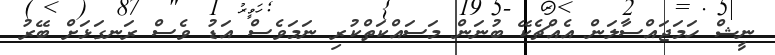
ނީޝް ހަމަޖައްސާލަން އެއްޗެކޭ ބުނަން މަސައްކަތްކުރި ނަމަވެސް އަޑު ވެސް ރަނގަޅަށް ބޭރު